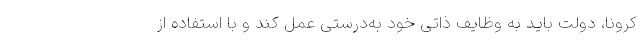
کرونا، دولت باید به وظایف ذاتی خود به‌درستی عمل کند و با استفاده از